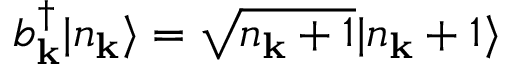
b _ { \mathbf { k } } ^ { \dagger } | n _ { \mathbf { k } } \rangle = { \sqrt { n _ { \mathbf { k } } + 1 } } | n _ { \mathbf { k } } + 1 \rangle